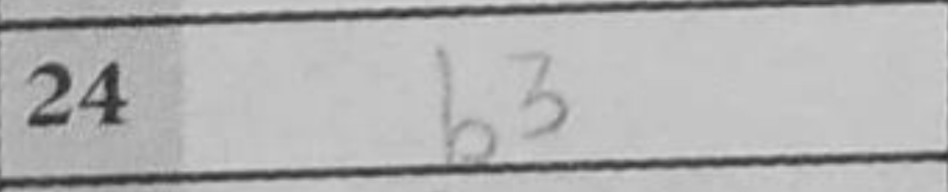
Transcription: b3